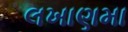
લખાણમા